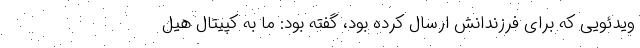
ویدئویی که برای فرزندانش ارسال کرده بود، گفته بود: ما به کپیتال هیل